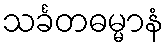
သင်္ခတဓမ္မာနံ